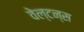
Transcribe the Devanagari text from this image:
वेल्टन्स